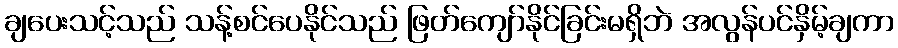
ချပေးသင့်သည် သန့်စင်ပေနိုင်သည် ဖြတ်ကျော်နိုင်ခြင်းမရှိဘဲ အလွန်ပင်နှိမ့်ချကာ